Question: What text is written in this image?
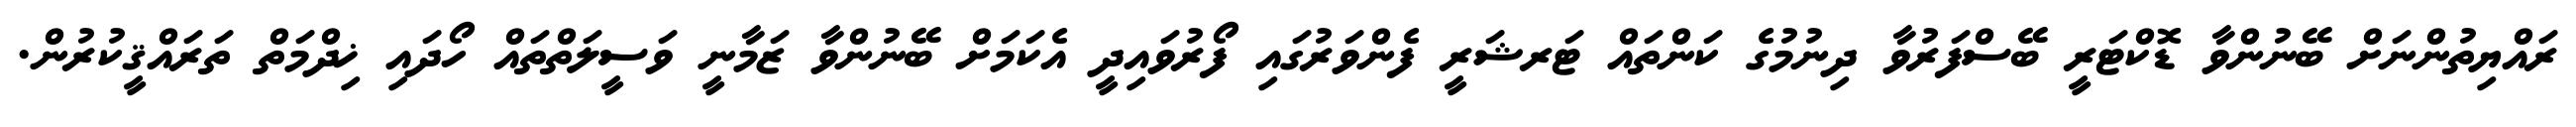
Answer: ރައްޔިތުންނަށް ބޭނުންވާ ޑޮކްޓަރީ ބޭސްފަރުވާ ދިނުމުގެ ކަންތައް ޓަރޝަރީ ފެންވަރުގައި ފޯރުވައިދީ އެކަމަށް ބޭނުންވާ ޒަމާނީ ވަސީލަތްތައް ހޯދައި ޚިދްމަތް ތަރައްޤީކުރުން.